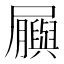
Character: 𫵬